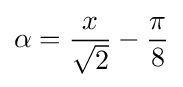
\alpha ={\frac {x}{\sqrt {2}}}-{\frac {\pi }{8}}